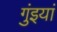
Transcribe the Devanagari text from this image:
गुंइयां